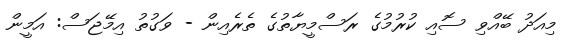
މިއަދު ބޭއްވި ސޮއި ކުރުމުގެ ރަސްމީޔާތުގެ ތެރެއިން - ވަގުތު އިމޭޖަސް: އަމީން